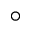
^ \circ